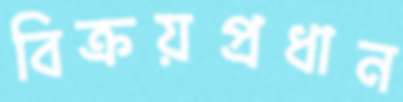
বিক্রয়প্রধান